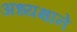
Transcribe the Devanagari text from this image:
अध्यक्षाने